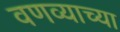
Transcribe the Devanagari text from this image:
वणव्याच्या